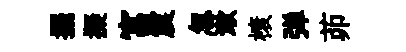
擺擬富震怱漱榱弹茆